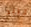
تريد